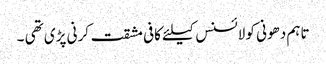
تاہم دھونی کو لائسنس کیلئے کافی مشقت کرنی پڑی تھی ۔